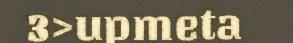
3>upmeta